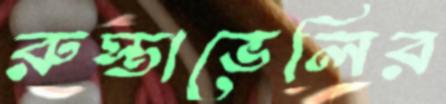
রুস্তাভেলির